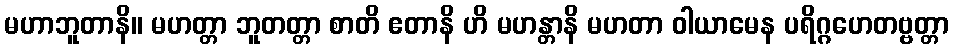
မဟာဘူတာနိ။ မဟတ္တာ ဘူတတ္တာ စာတိ ဧတာနိ ဟိ မဟန္တာနိ မဟတာ ဝါယာမေန ပရိဂ္ဂဟေတဗ္ဗတ္တာ